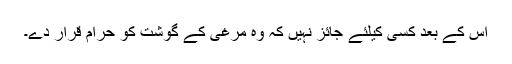
اس کے بعد کسی کیلئے جائز نہیں کہ وہ مرغی کے گوشت کو حرام قرار دے۔